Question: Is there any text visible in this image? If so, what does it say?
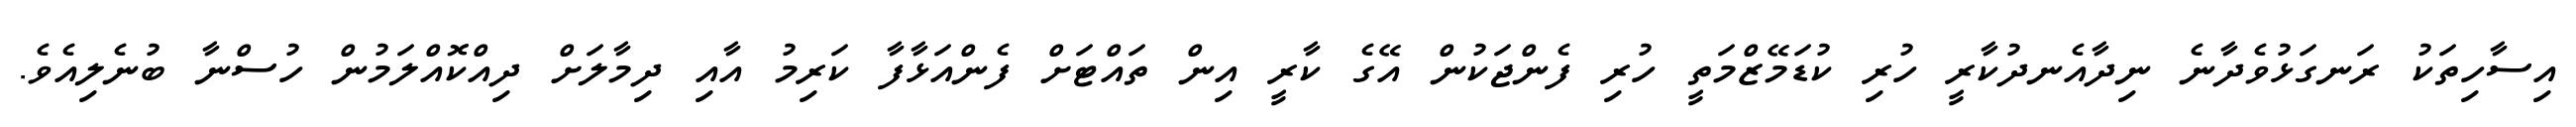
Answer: އިސާހިތަކު ރަނގަޅުވެދާނެ ނިދާއެނދުކާރީ ހުރި ކުޑަމޭޒްމަތީ ހުރި ފެންޖަކުން އޭގެ ކާރީ އިން ތައްޓަށް ފެންއަޅާފާ ކަރިމު އާއި ދިމާލަށް ދިއްކޮއްލަމުން ހުސްނާ ބުނެލިއެވެ.